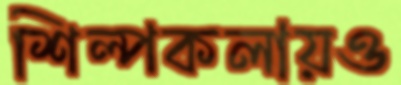
শিল্পকলায়ও